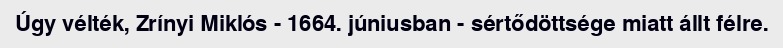
Úgy vélték, Zrínyi Miklós - 1664. júniusban - sértődöttsége miatt állt félre.